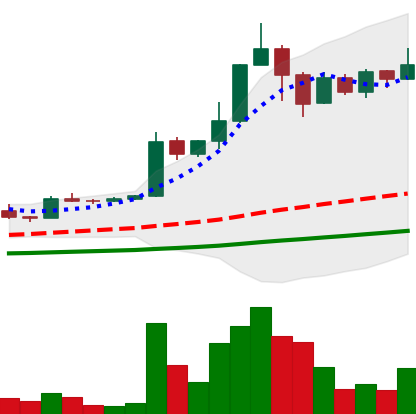
Ticker: TRX-USD
Chart end date: 2021-04-12
Forward return: 21.997%
Label: up_7plus